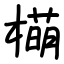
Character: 橗